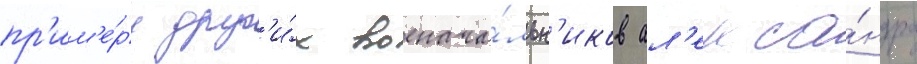
пр'им'е́ру друг'и́х военача́льн'иков ал'екса́ндра